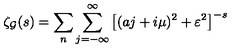
\zeta _ { \cal G } ( s ) = \sum _ { n } \sum _ { j = - \infty } ^ { \infty } \left[ ( a j + i \mu ) ^ { 2 } + \varepsilon ^ { 2 } \right] ^ { - s }